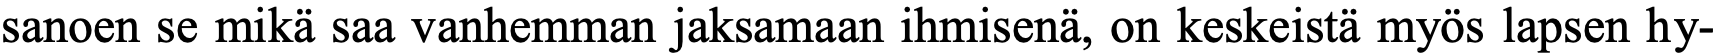
sanoen se mikä saa vanhemman jaksamaan ihmisenä, on keskeistä myös lapsen hy-